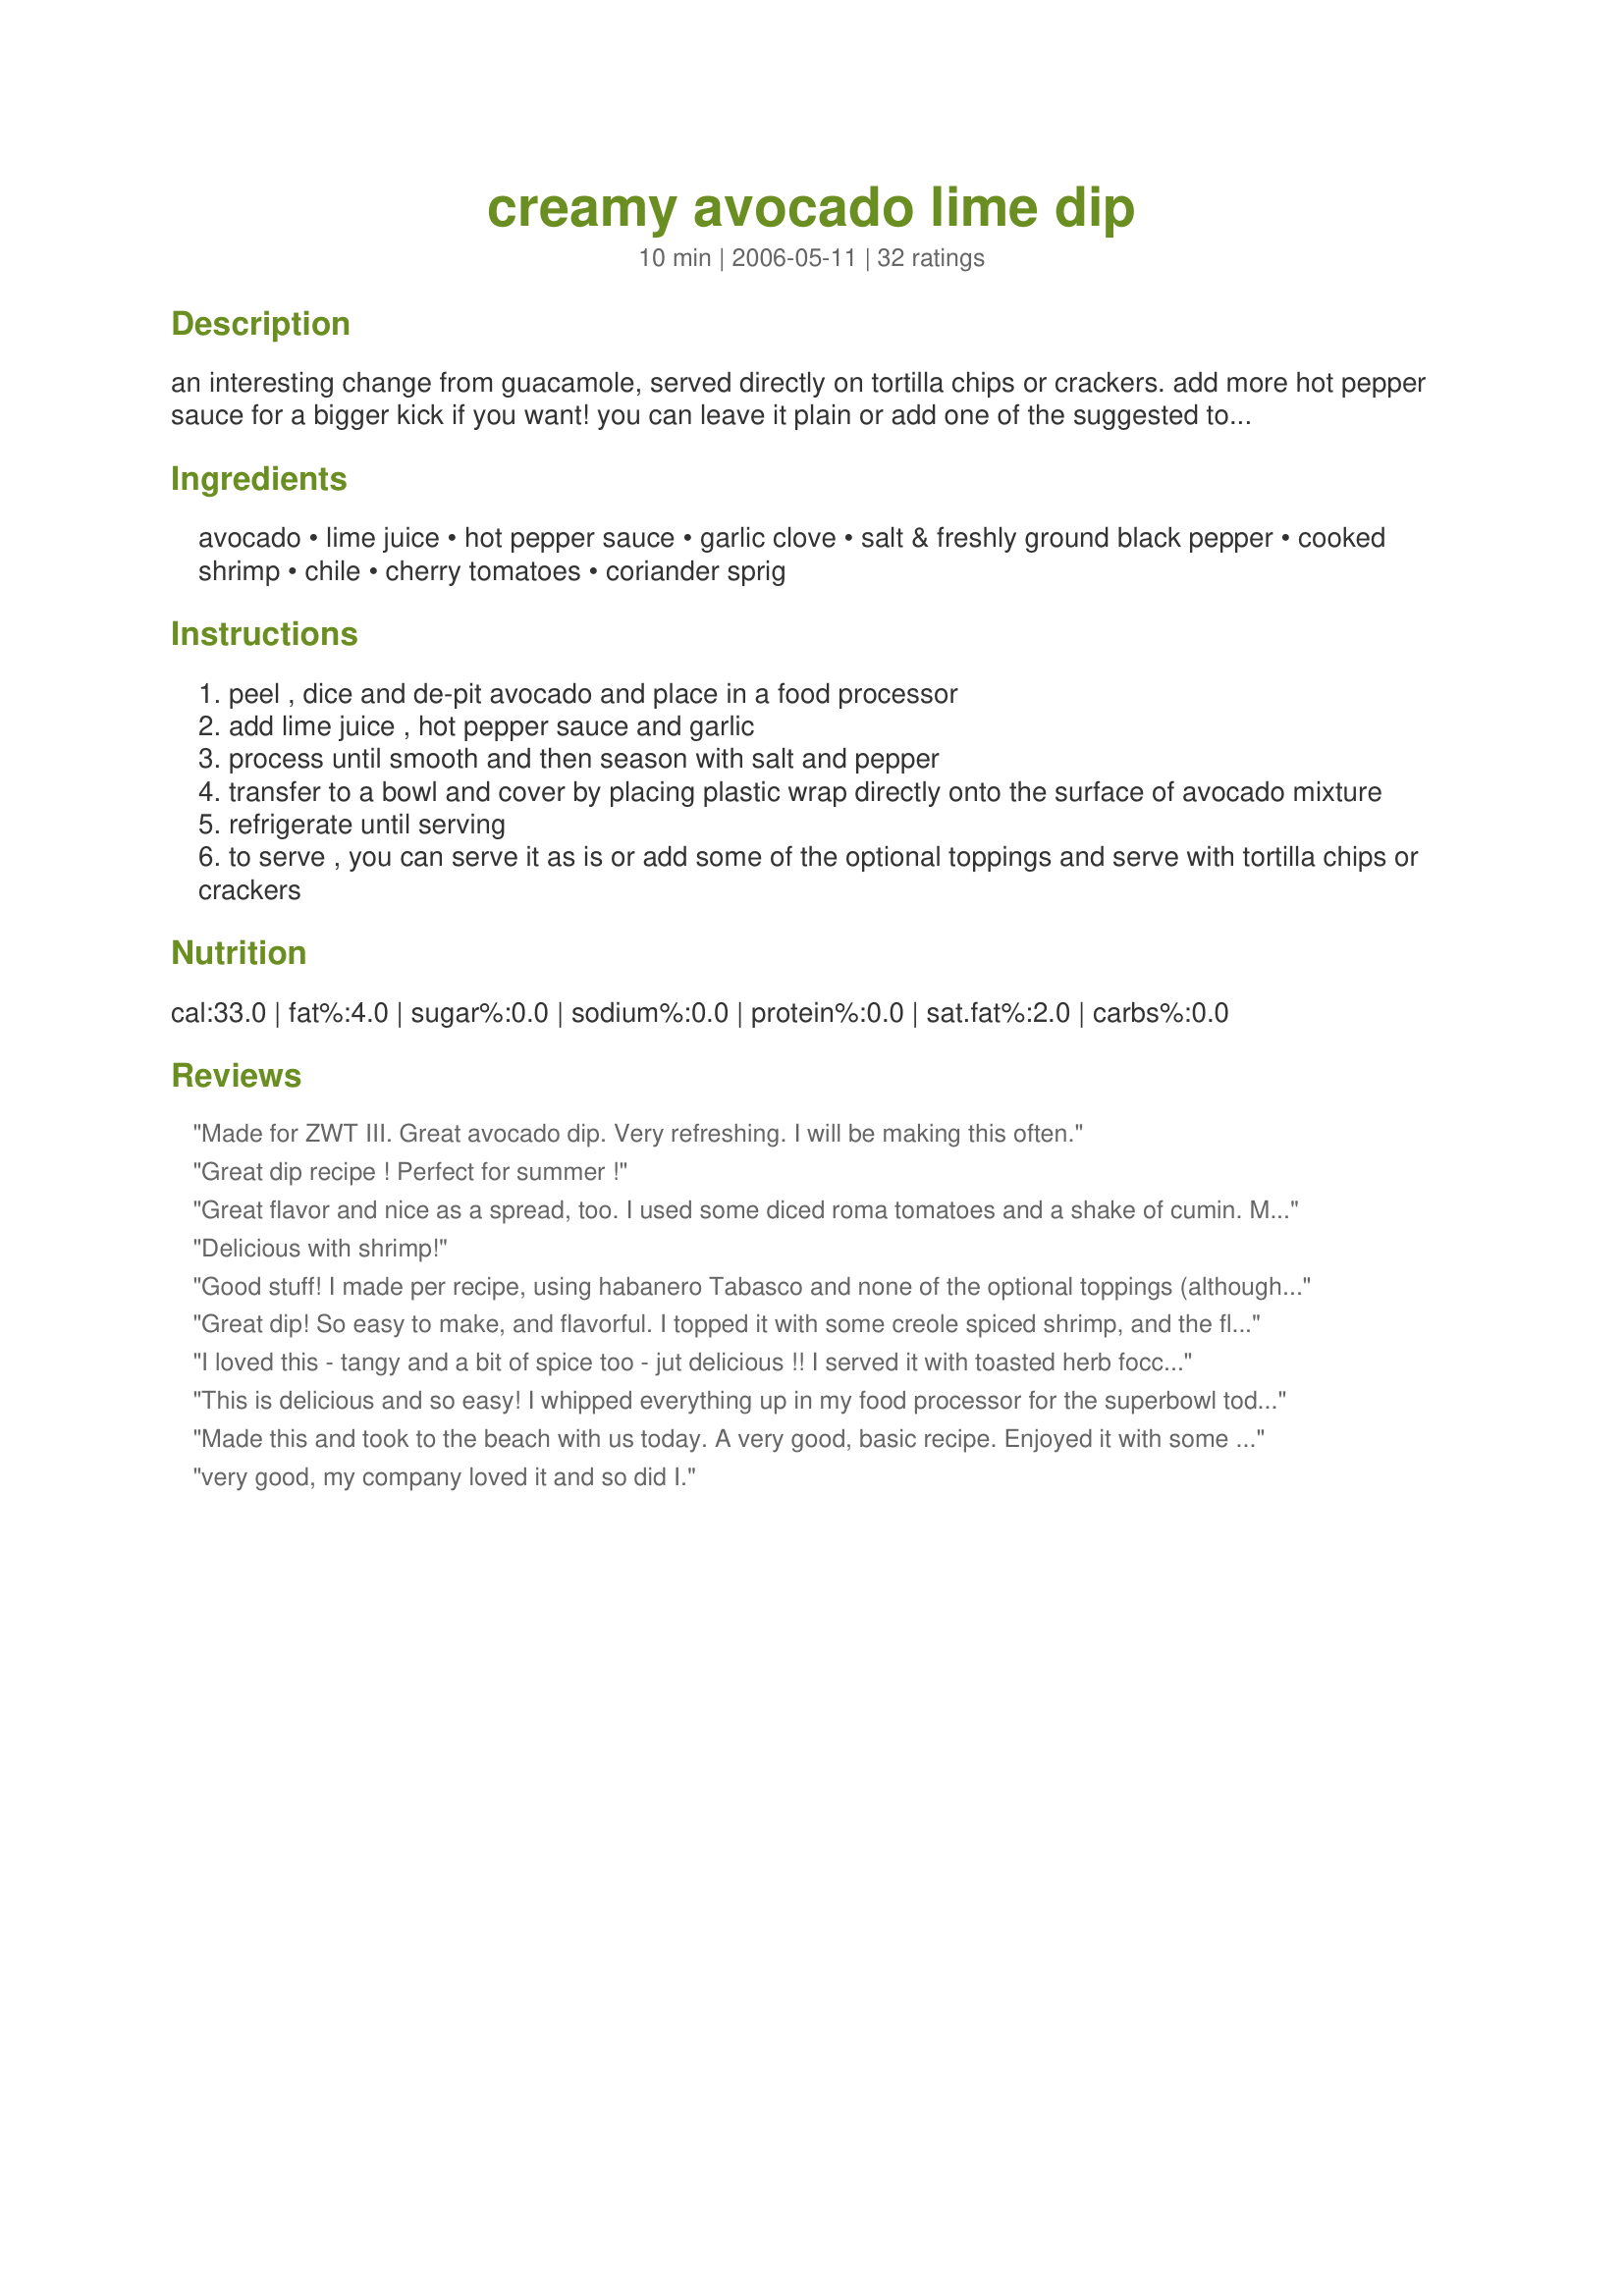
creamy avocado lime dip
Preparation time: 10 minutes

an interesting change from guacamole, served directly on tortilla chips or crackers.
add more hot pepper sauce for a bigger kick if you want!
you can leave it plain or add one of the suggested toppings below.
from food and drink magazine.

Ingredients:
avocado, lime juice, hot pepper sauce, garlic clove, salt & freshly ground black pepper, cooked shrimp, chile, cherry tomatoes, coriander sprig

Steps:
peel , dice and de-pit avocado and place in a food processor
add lime juice , hot pepper sauce and garlic
process until smooth and then season with salt and pepper
transfer to a bowl and cover by placing plastic wrap directly onto the surface of avocado mixture
refrigerate until serving
to serve , you can serve it as is or add some of the optional toppings and serve with tortilla chips or crackers

Reviews:
Made for ZWT III. Great avocado dip. Very refreshing. I will be making this often.
Great dip recipe ! Perfect for summer !
Great flavor and nice as a spread, too. I used some diced roma tomatoes and a shake of cumin. Made for ZWT4 Daffy Daffodils
Delicious with shrimp!
Good stuff! I made per recipe, using habanero Tabasco and none of the optional toppings (although I do think a little chopped cilantro would be a nice addition). We ate it with tortilla chips, and it made a wonderful Friday evening snack. Thanks for posting!
Great dip! So easy to make, and flavorful. I topped it with some creole spiced shrimp, and the flavors married wonderfully. Whenever I make it, this dip serves a max of 4. Thank you.
I loved this - tangy and a bit of spice too - jut delicious !! I served it with toasted herb foccaccio bread. Made for ZWT 5.
This is delicious and so easy! I whipped everything up in my food processor for the superbowl today. I used the juice of one lime which was a little more than a tablespoon but that was fine. I realized at the end that I should have added the tomatoes at the end instead of at the beginning so they wouldn't be completely whipped into the dip but it worked out fine anyways and really depends on one's tastes.
Made this and took to the beach with us today. A very good, basic recipe. Enjoyed it with some nacho dippers. Thanks.
very good, my company loved it and so did I.
I'm new to avocados and think they have a weird taste. I like this recipe. I will make this again. I think this recipe is only for one person because I can eat the whole thing.
I really enjoyed this recipe. It's perfect for someone like me who enjoys the taste of guacamole, just not large chunks of tomatoes and onions. I'm going to use it tonight for dinner as a spread for turkey bacon wraps. I'll definitely be making this again, it's super easy.
Great dip, easy to make and very refresing. I would like more lime juice in this. I served it over crackers and the half of it, for a more refresing taste, I mixed it with some sour cream. Made it for ZWT3. Thanks, so much for sharing Leslie.
This guacamole is simple yet wonderful! The lime gives it a great refreshing taste without overwhelming it. This would be delicious with any Mexican dish or just as a dip. I'll make this again; thanx!
I served this with prawns and also tried it with cheese on crackers, its really yummy, I love avocado so much and we had two so I doubled the recipe and it worked very well. Thank you for posting Leslie. Miss Pixie x x x :)
This was GREAT. A tad different to Guac. and it has a great kick. No heat, then slowly it crept upon my and whacked you!!!

I used Tabasco sauce and would next time reduce fractionally. Love the smooth and creamy texture, and great not to have to chop up onions!!!

Will try as a burger topping next
Excellent dip! I used about 1 Tablespoon of orange habanero sauce and sea salt to taste. This one is a keeper for me. Thanks Leslie.
I made this today as a snack since Im doing a low carb diet before my surgery and this fit the bill. The lime juice being added really brightened up the taste of the avocado. I ate it with a spoon though:) Thanks Leslie.
So,so good, and easy to make! DD and I had this today with our grilled seafood lunch, and it went perfectly with it! Made for World Tour.
how easy it this dip its fantastic and quick to make. Great flavor blend. Made for RECIPE SWAP #22 - November 2008 
thanks for making my BBQ fantastic
My husband enjoyed this a lot. I was going to give it 4 stars after tasting it with a fried corn tortilla chip but after I put some on a fried flour tortilla chip the flavor changed dramatically for me. This marries really nicely with fried flour tortilla chips! Yum!
Very, very yummy
This dip is great for it's ease and so quick to make. I will for sure be making this again, maybe even this evening :). Made by Bistro Babes for ZWT 8
Delicious recipe. I added some cilantro and we enjoyed it with tacos # 208542. A delicious combination. Made for ZWT4
I love avocado and this is a perfect recipe for avocado lovers! The lime and hot pepper sauce are a perfect compliment to the smooth, creamy avocado. Thanks for the recipe Leslie!
Right on the money! At first I wondered how so few ingredients could work... but it does! I used two small avocadoes. Unfortunately I decided to add some flavour and put in some smoked paprika- which ended up with the lid falling off and HEAPS going into the dip! The flavour was OK it was just the colour that was off. Next time I'll be careful!
*Reviewed for Zaar World Tour 3* Fantastic. Loved the lime and used tobasco. Really gave this dip and edge. We served it with corn chips....actually had to make two batches.
We LOVE avocado - eat it ALL the time - and did very much enjoy this dip. I omitted the hot pepper sauce (we have zero tolerance of anything hot or spicy) and doubled the garlic (yes, we love garlic). Servings for 10-12!!! You've gotta be joking! Not when those eating the dip love avocado. Three of us knocked this off super-fast - without any difficulty! Thank you for sharing this yummy recipe. The lime, garlic, salt and freshly ground black pepper - so simple - with the avocado was just sensational. :) Thank you for sharing a super-yummy recipe, ~Leslie~. Made for ZWT 5.
We loved this dip. Thanks!<br/>I prepared this with 2 small Greek avocados and it came just wonderful.<br/>I added some fresh plum tomatoes (I did not have cherry tomatoes) arranging them around the dip. Yummy, a great summer dip!
Good, simple guac. We added double the hot sauce. It comes out nice and creamy. The generous amount of lime juice keeps it from turning brown. This can sit out for hours and still stay nice and green.
Yummy dish. I didn't have much avocado to work with so added some chopped tomato and had over toast. A treat! Thanks!
WOW! This is 100% better than guacamole, because I hate onions. Putting this in the food processor gives it a wonderful creamy texture. I added extra hot sauce and topped with roma tomatoes. Ate with tortilla chips at first but then tried it as a topping for a veggie burger. Excellent!
